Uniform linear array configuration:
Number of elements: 48
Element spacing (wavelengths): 0.75
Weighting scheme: blackman
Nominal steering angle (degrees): -15
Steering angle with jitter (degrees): -16.076
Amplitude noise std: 0.05
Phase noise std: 0.05

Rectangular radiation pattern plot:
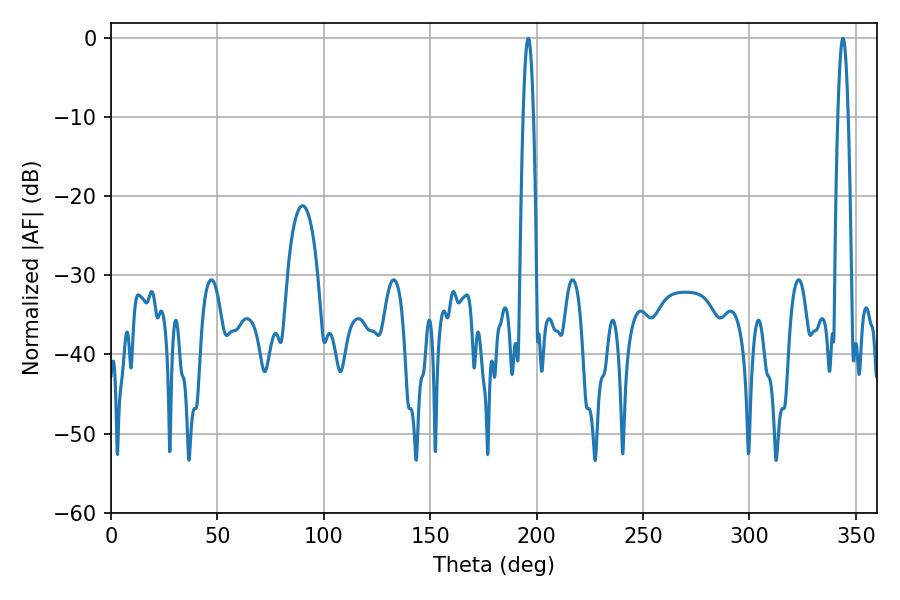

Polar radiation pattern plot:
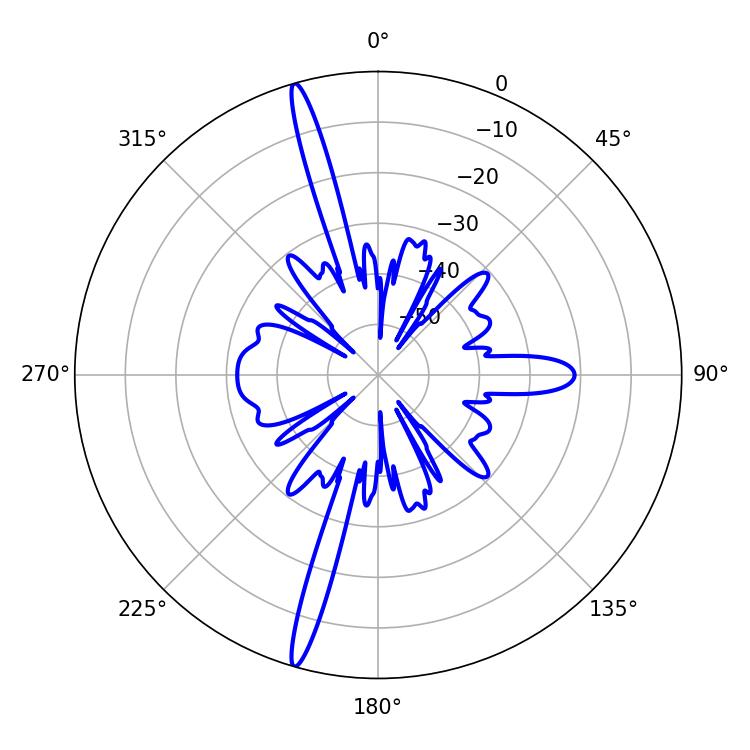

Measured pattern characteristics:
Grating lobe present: TRUE
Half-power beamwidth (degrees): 2.52
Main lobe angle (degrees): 196.02